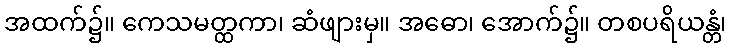
အထက်၌။ ကေသမတ္ထကာ၊ ဆံဖျားမှ။ အဓော၊ အောက်၌။ တစပရိယန္တံ၊